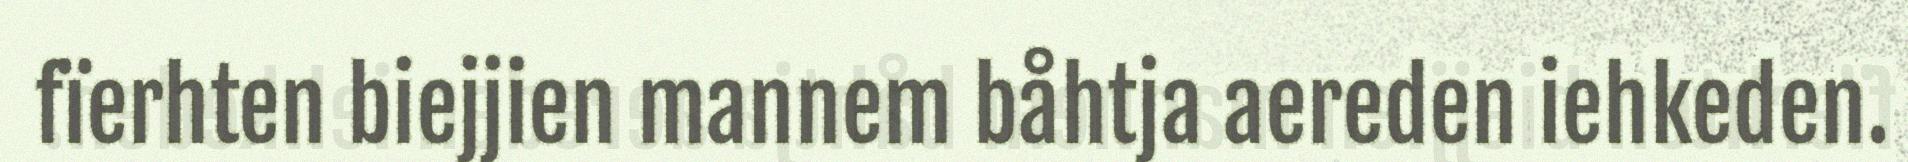
fïerhten biejjien mannem båhtja aereden iehkeden.